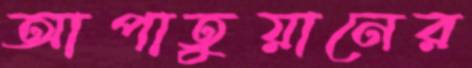
আপাতুয়ানের